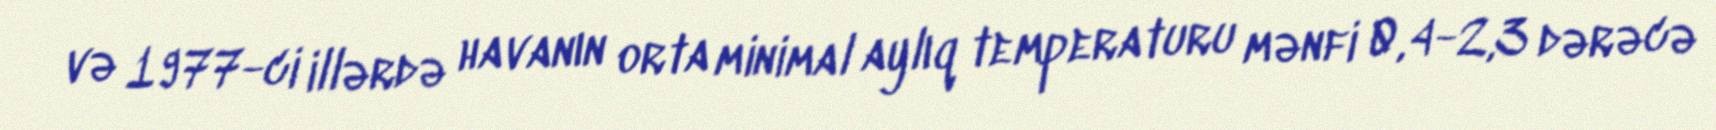
və 1977-ci illərdə havanın orta minimal aylıq temperaturu mənfi 0,4-2,3 dərəcə